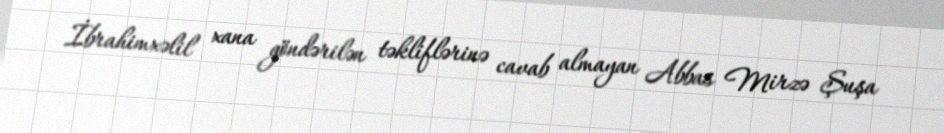
İbrahimxəlil xana göndərilən təkliflərinə cavab almayan Abbas Mirzə Şuşa